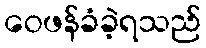
ဝေဖန်ခံခဲ့ရသည်